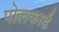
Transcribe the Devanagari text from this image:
पोलकार्ड